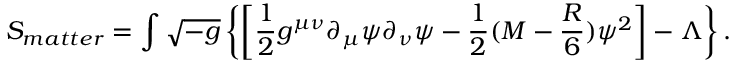
S _ { m a t t e r } = \int \sqrt { - g } \left\{ \left[ { \frac { 1 } { 2 } } g ^ { \mu \nu } \partial _ { \mu } \psi \partial _ { \nu } \psi - { \frac { 1 } { 2 } } ( M - { \frac { R } { 6 } } ) \psi ^ { 2 } \right] - \Lambda \right\} .